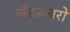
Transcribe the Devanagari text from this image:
लैंड्सबरो